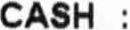
CASH :